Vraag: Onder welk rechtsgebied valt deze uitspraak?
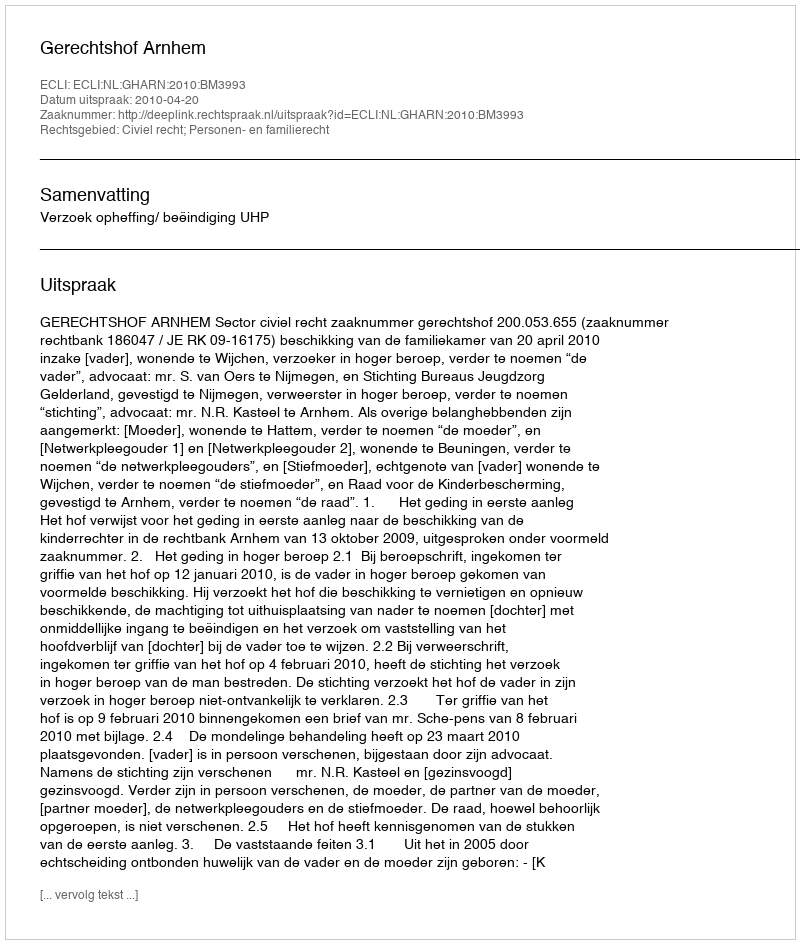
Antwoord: Civiel recht; Personen- en familierecht